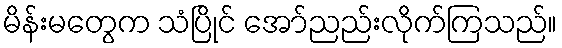
မိန်းမတွေက သံပြိုင် အော်ညည်းလိုက်ကြသည်။